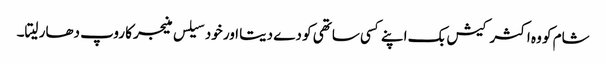
شام کو وہ اکثر کیش بک اپنے کسی ساتھی کو دے دیتا اور خود سیلس منیجر کا روپ دھار لیتا۔